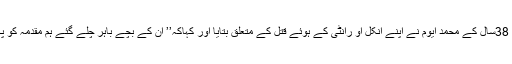
مظفر نگر میں 38سال کے محمد ایوم نے اپنے انکل او رانٹی کے ہوئے قتل کے متعلق بتایا اور کہاکہ’’ ان کے بچے باہر چلے گئے ہم مقدمہ کو پکڑ نہیں سکے۔